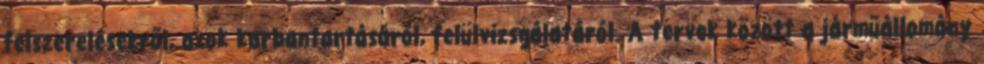
felszerelésekről, azok karbantartásáról, felülvizsgálatáról. A tervek között a járműállomány